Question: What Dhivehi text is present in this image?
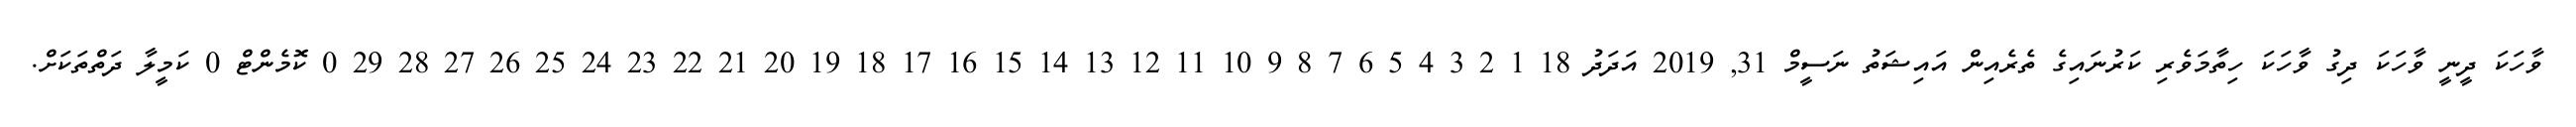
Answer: ވާހަކަ ދީނީ ވާހަކަ ދިގު ވާހަކަ ހިތާމަވެރި ކަރުނައިގެ ތެރެއިން އައިޝަތު ނަސީމް 31, 2019 އަދަދު 18 1 2 3 4 5 6 7 8 9 10 11 12 13 14 15 16 17 18 19 20 21 22 23 24 25 26 27 28 29 0 ކޮމެންޓް 0 ކަމީލާ ދަތްތަކަށް.